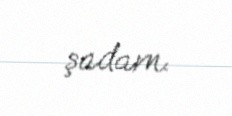
şadam.